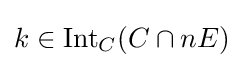
k\in \operatorname {Int} _{C}(C\cap nE)